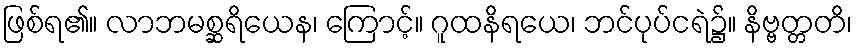
ဖြစ်ရ၏။ လာဘမစ္ဆရိယေန၊ ကြောင့်။ ဂူထနိရယေ၊ ဘင်ပုပ်ငရဲ၌။ နိဗ္ဗတ္တတိ၊